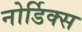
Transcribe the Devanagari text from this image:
नोर्डिक्स